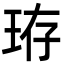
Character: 珔